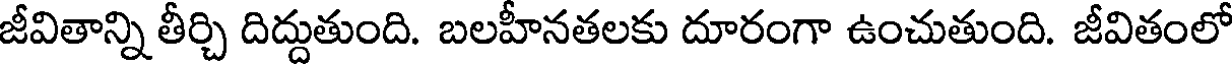
జీవితాన్ని తీర్చి దిద్దుతుంది. బలహీనతలకు దూరంగా ఉంచుతుంది. జీవితంలో